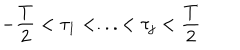
- { \frac { T } { 2 } } < \tau _ { 1 } < . . . < \tau _ { j } < { \frac { T } { 2 } }